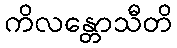
ကိလန္တောသီတိ